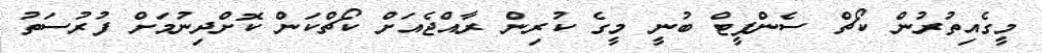
މީގެއިތުރުން ކޯޗް ސެންފީޓް ބުނީ މީގެ ކުރިން ރާއްޖެއަށް ކޯޗްކަން ކޮށްދިނުމަށް ފުރުސަތު